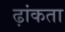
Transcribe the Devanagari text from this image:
ढ़ांकता